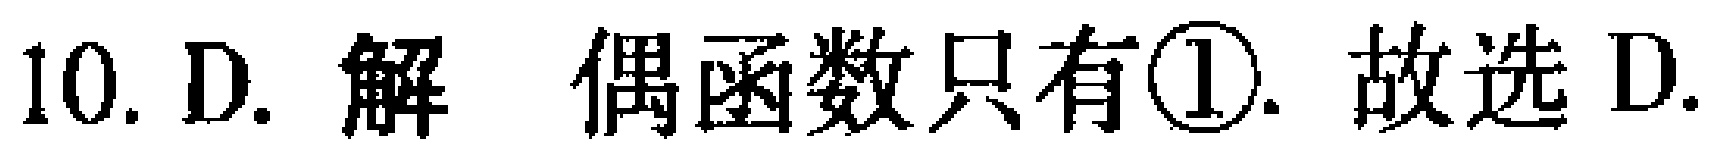
10. D. 解 偶函数只有\textcircled{1}. 故选 D.